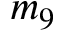
m _ { 9 }